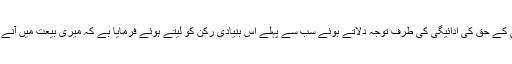
شرائط بیعت کی تیسری شرط میں حضرت مسیح موعود علیہ الصلوۃ والسلام نے اللہ تعالیٰ کے حق کی ادائیگی کی طرف توجہ دلاتے ہوئے سب سے پہلے اس بنیادی رُکن کو لیتے ہوئے فرمایا ہے کہ میری بیعت میں آنے والے یہ عہد کریں کہ’’بلا ناغہ پنجوقتہ نماز موافق حکم خدا اور رسول ادا کرتا رہے گا‘‘۔